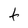
Character: t